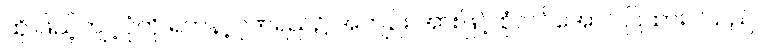
ထို ဖြည့်ကျင့်ပုံကို ရတနာ့ဂုဏ်ရည်၌ အကျဉ်း အားဖြင့် စုံလင်အောင် ပြထားပါသည်။